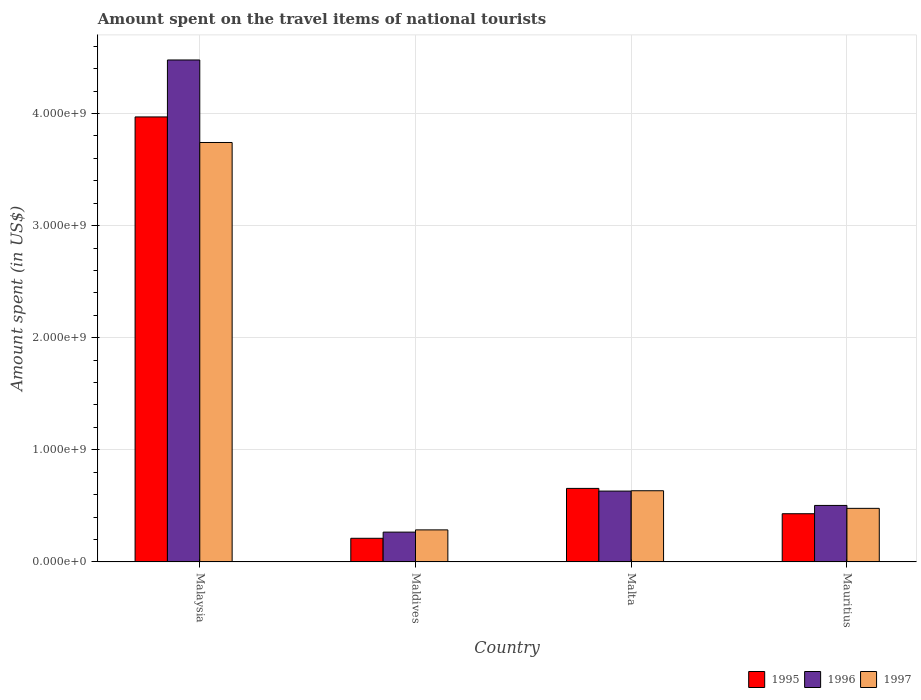
| Country | 1995 | 1996 | 1997 |
 | --- | --- | --- | --- |
 | Malaysia | 3.97e+09 | 4.48e+09 | 3.74e+09 |
 | Maldives | 2.11e+08 | 2.66e+08 | 2.86e+08 |
 | Malta | 6.56e+08 | 6.32e+08 | 6.35e+08 |
 | Mauritius | 4.3e+08 | 5.04e+08 | 4.78e+08 |